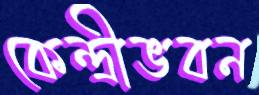
কেন্দ্রীভবন